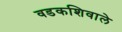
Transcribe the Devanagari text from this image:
वडकशिवाले